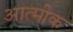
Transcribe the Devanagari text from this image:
आत्मीक